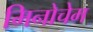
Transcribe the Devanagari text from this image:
मिनोचेम